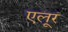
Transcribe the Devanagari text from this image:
एलूर